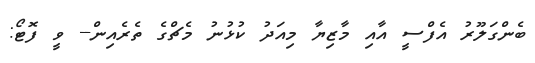
ބެންގަލޫރު އެފްސީ އާއި މާޒިޔާ މިއަދު ކުޅުނު މެޗްގެ ތެރެއިން-- ވީ ފޮޓޯ: